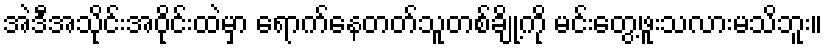
အဲဒီအသိုင်းအဝို်င်းထဲမှာ ရောက်နေတတ်သူတစ်ချို့ကို မင်းတွေ့ဖူးသလားမသိဘူး။